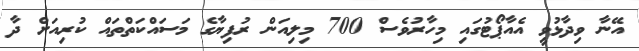
އޭނާ ވިދާޅުވީ އެއާޕޯޓުގައި މިހާރުވެސް 700 މިލިއަން ރުފިޔާގެ މަސައްކަތްތައް ކުރިއަށް ދާ